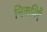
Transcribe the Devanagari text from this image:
निकयिएँ